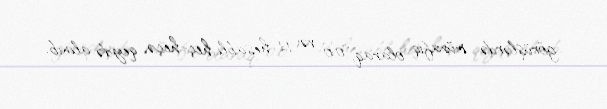
görüşlərdə müvafiq olaraq, 0:0 və 1:1 hesablı heç-heçə qeydə alınıb.